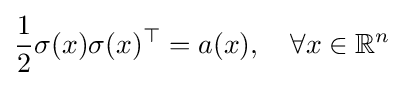
{\frac {1}{2}}\sigma (x)\sigma (x)^{\top }=a(x),\quad \forall x\in \mathbb {R} ^{n}